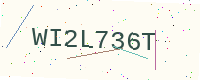
Text: WI2L736T